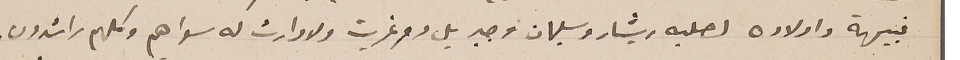
نبيهة واولاده لصلبه ريشار وسليمان وجبريل ومرغريت ولا وارث له سواهم وكلهم راشدون